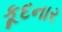
કૂદનાર